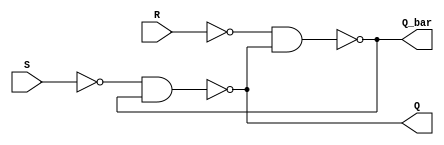
module SR_FLIP_FLOP(S,R,Q,Q_bar);
input S,R;
output Q,Q_bar;
wire nand1_out; // output of nand1 
wire nand2_out; // output of nand2 

nand (nand1_out,S); 
nand (nand2_out,R); 
nand (Q,nand1_out,Q_bar);
nand (Q_bar,nand2_out,Q);

endmodule